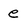
Character: e